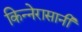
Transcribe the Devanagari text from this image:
किन्नेरासानी